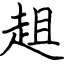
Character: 趄